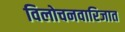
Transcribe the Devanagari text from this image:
विलोचनवारिजात